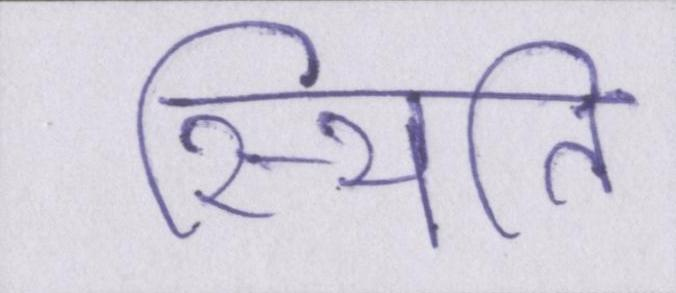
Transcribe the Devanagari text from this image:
स्थिति